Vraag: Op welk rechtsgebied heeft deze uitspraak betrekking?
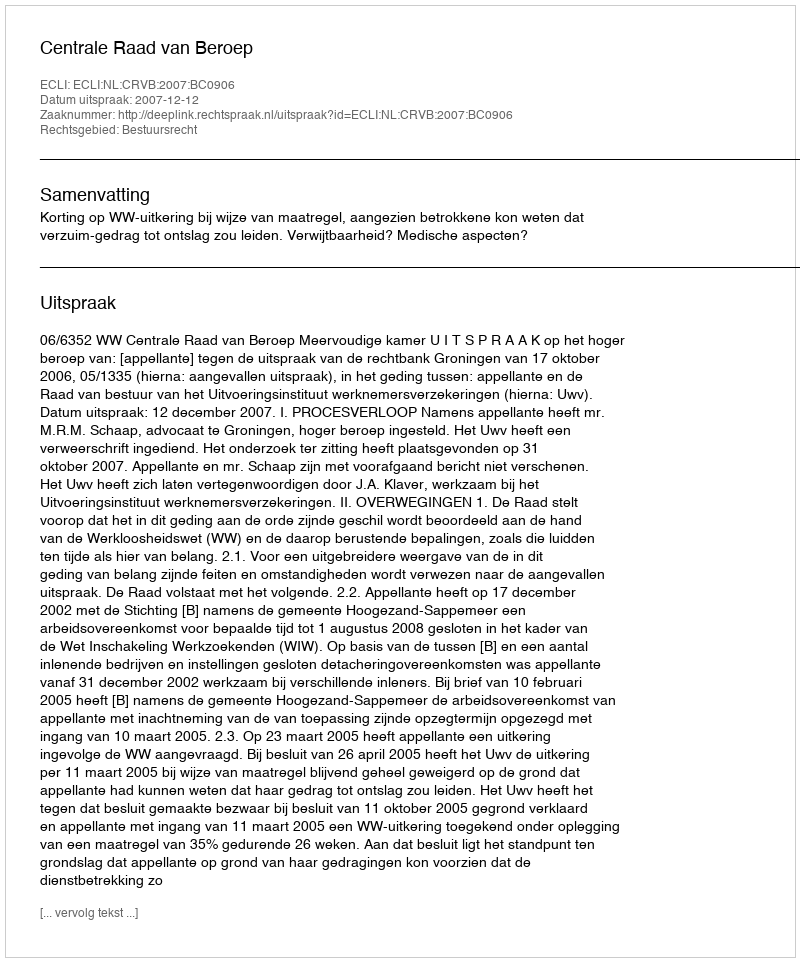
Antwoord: Bestuursrecht